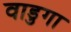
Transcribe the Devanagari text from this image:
वाडुगा